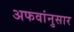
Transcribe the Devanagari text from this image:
अफवांनुसार